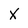
Character: X